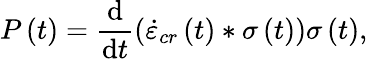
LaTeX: P\left(t\right)=\frac{\mathrm{d}}{\mathrm{d}t}\left(\dot{\varepsilon}_{cr}\left(t\right)\ast\sigma\left(t\right)\right)\sigma\left(t\right),